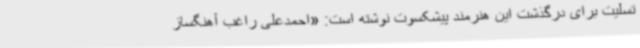
تسلیت برای درگذشت این هنرمند پیشکسوت نوشته است: «احمدعلی راغب آهنگساز